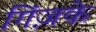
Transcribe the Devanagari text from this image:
गिंज़के